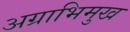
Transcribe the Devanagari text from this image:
अग्राभिमुख